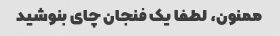
ممنون، لطفا یک فنجان چای بنوشید